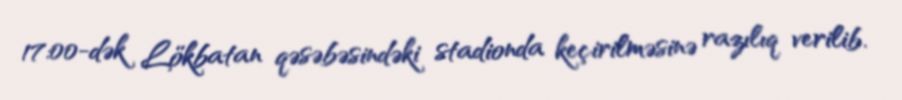
17:00-dək Lökbatan qəsəbəsindəki stadionda keçirilməsinə razılıq verilib.